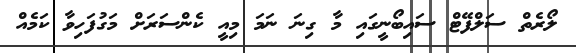
ލޯރެތް ސަލްފޭޓް ސައިބޯނީގައި މާ ގިނަ ނަމަ މިއީ ކެންސަރަށް މަގުފަހިވާ ކަމެއް